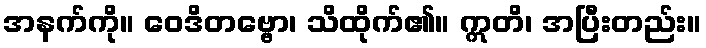
အနက်ကို။ ဝေဒိတဗ္ဗော၊ သိထိုက်၏။ ဣတိ၊ အပြီးတည်း။